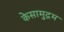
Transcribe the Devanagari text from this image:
केसामुद्रम